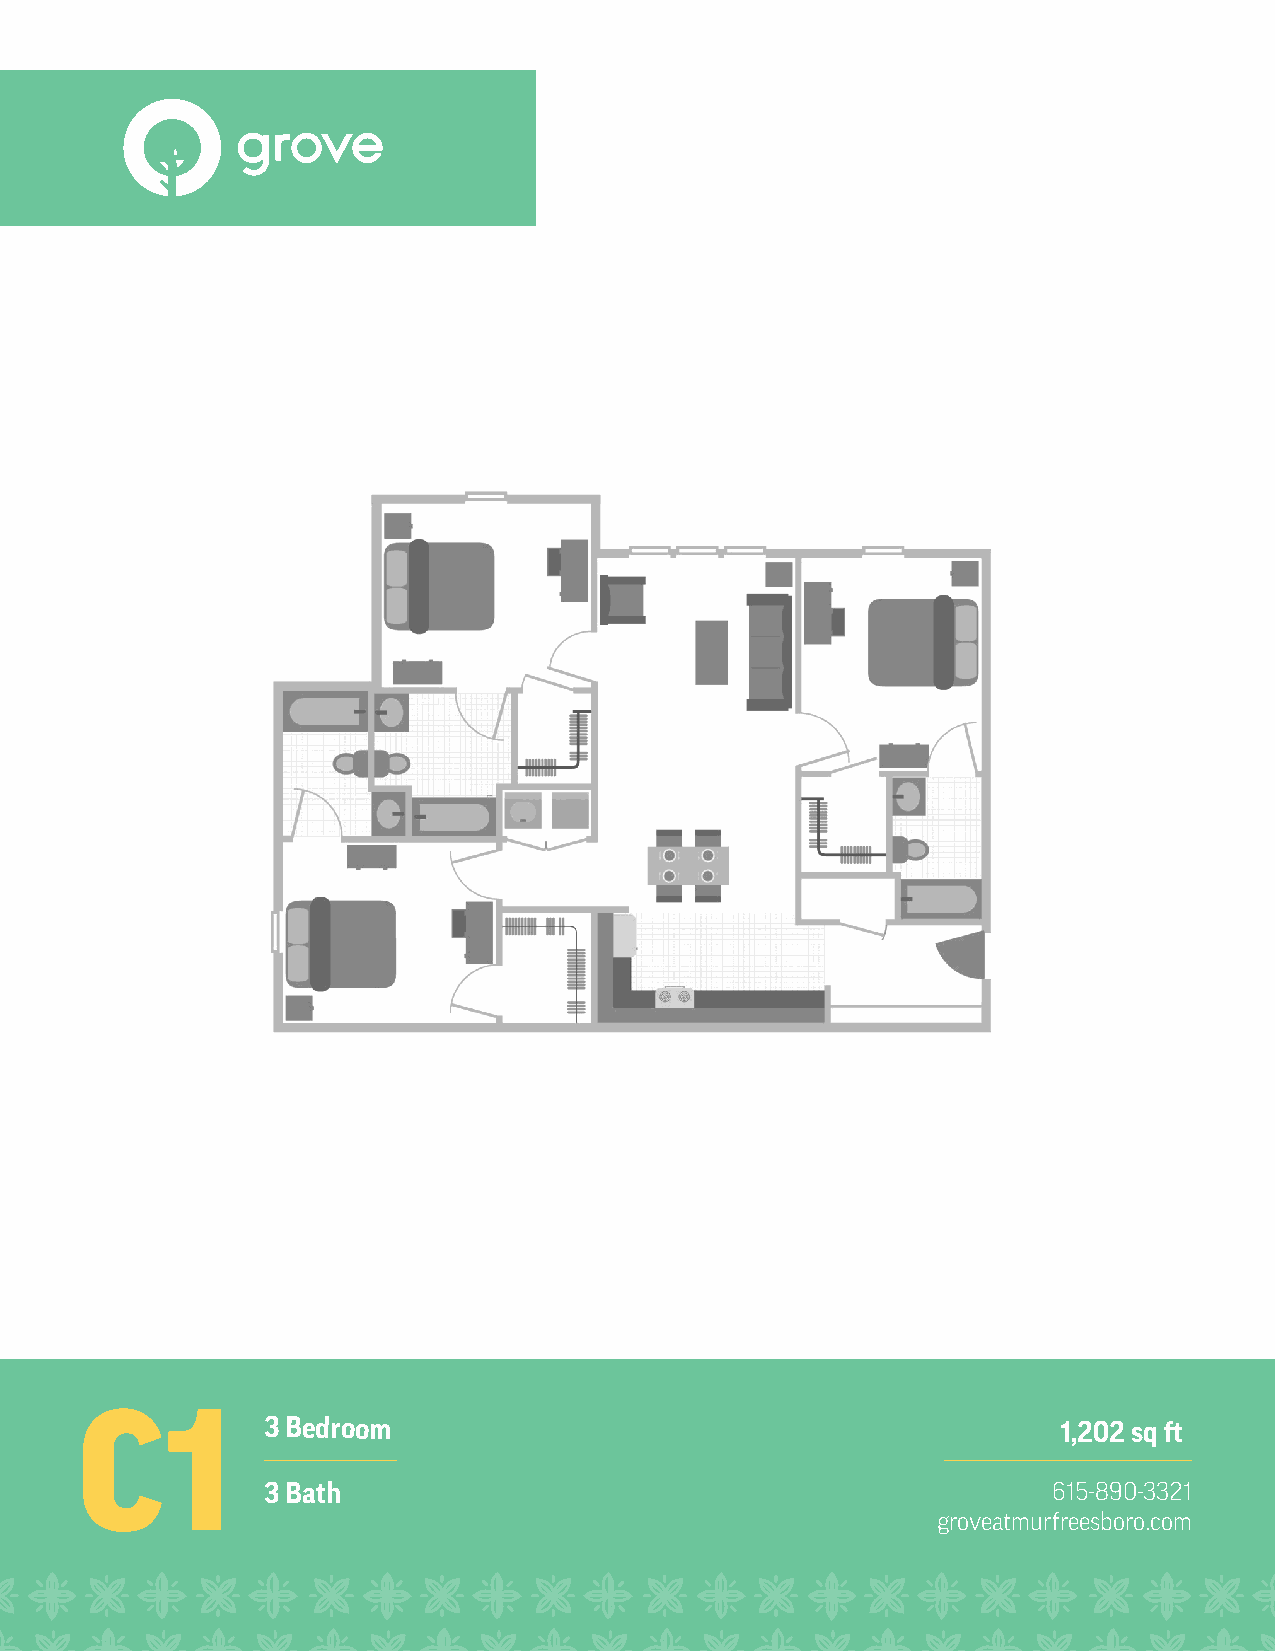
C1
 3 Bedroom                                            1,202 sq ft
 3 Bath                                               615-890-3321
 groveatmurfreesboro.com